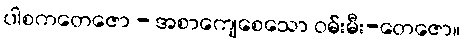
ပါစကတေဇော - အစာကျေစေသော ဝမ်းမီး-တေဇော။